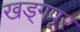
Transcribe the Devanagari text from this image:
खड्गपूर